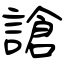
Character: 謒